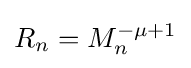
R_{n}=M_{n}^{-\mu +1}